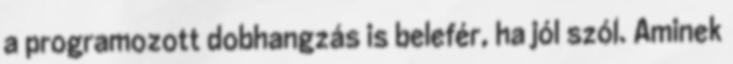
a programozott dobhangzás is belefér, ha jól szól. Aminek